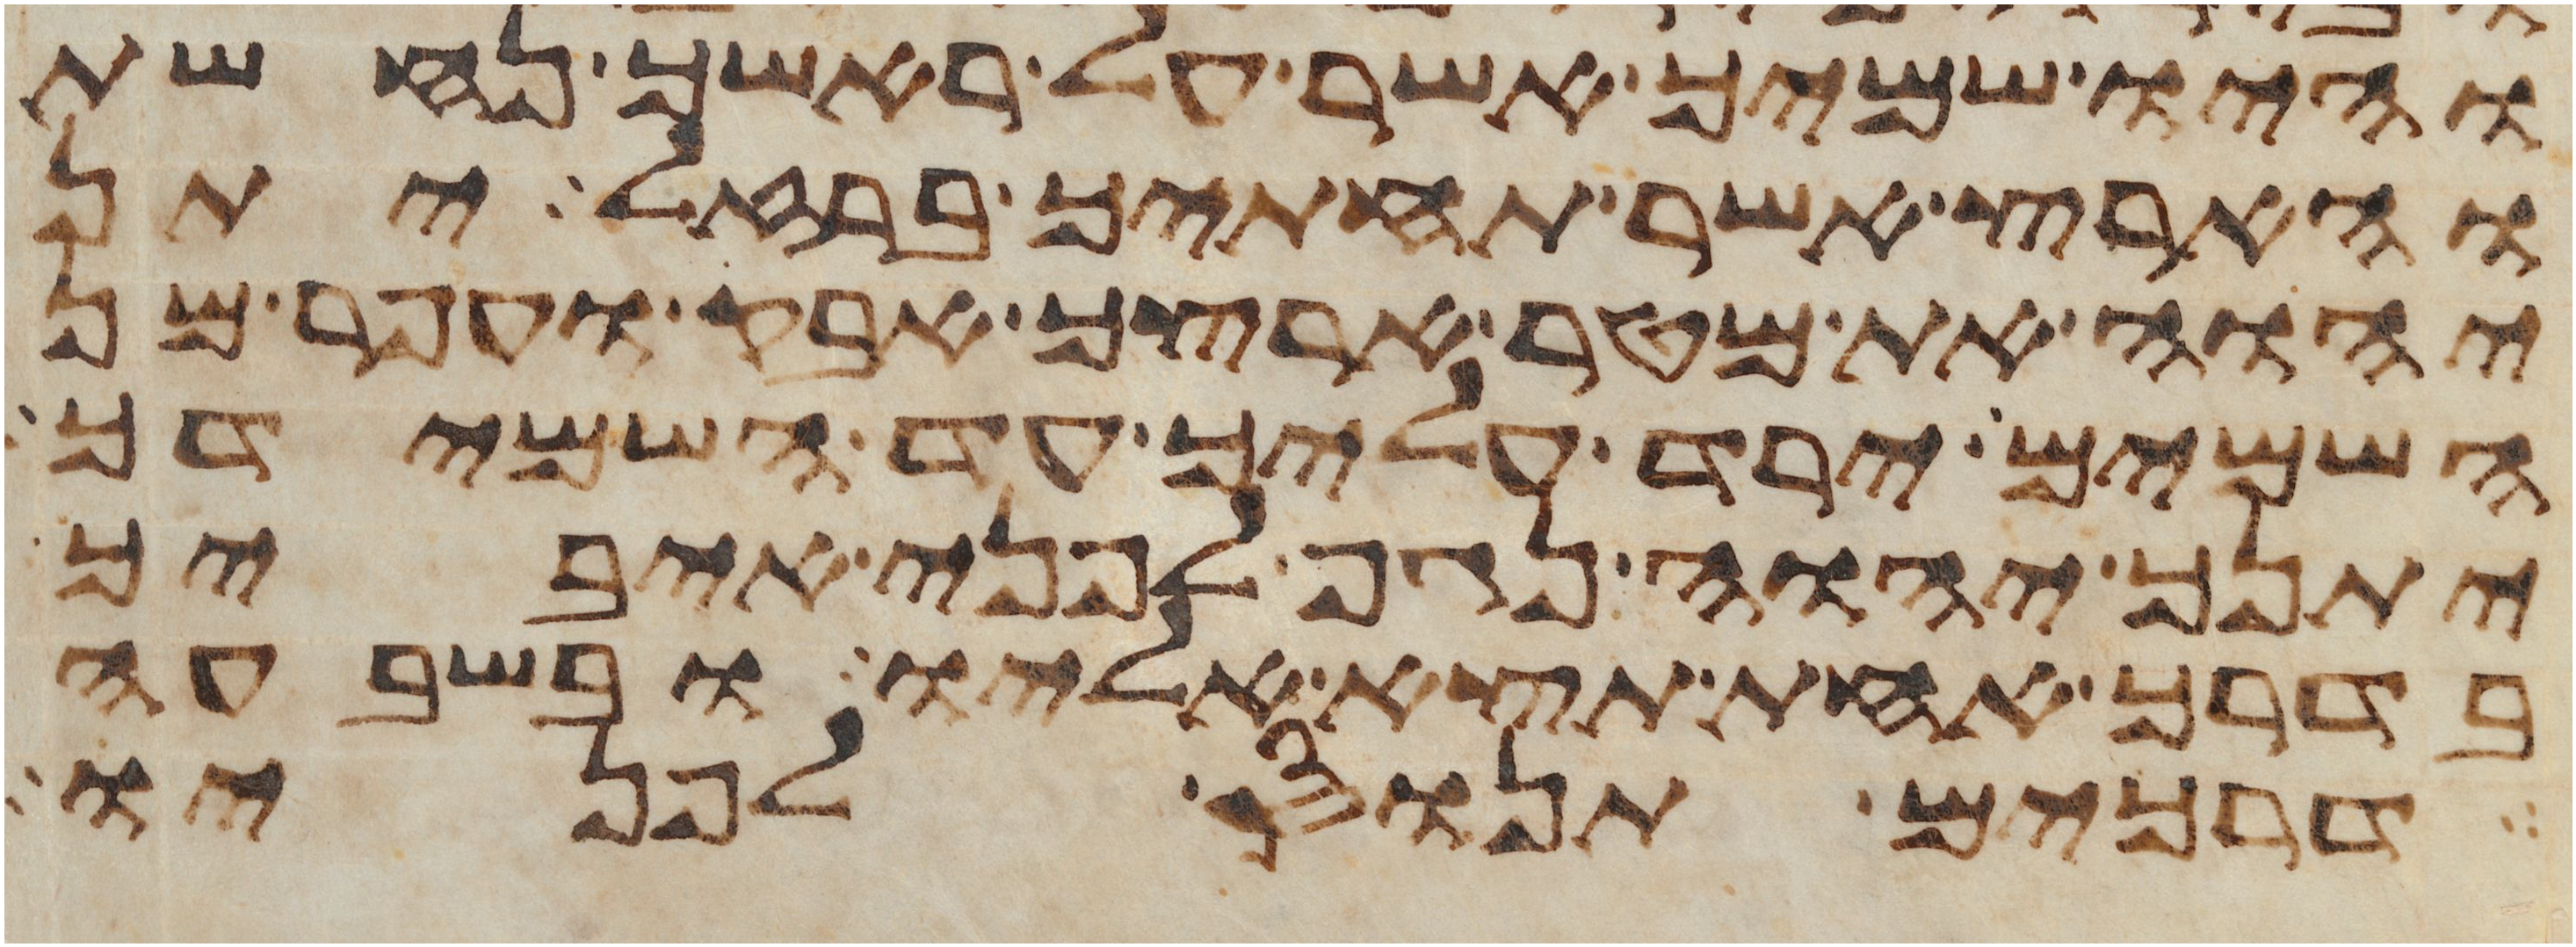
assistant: והיו שמיך אשר על ראשך נחשת
והארץ אשר תחתיך ברזל יתן
יהוה את מטר ארצך אבק ועפר מן
השמים ירד עליך עד השמידך
יתנך יהוה נגף לפני איביך
בדרך אחת תצא אליו ובשבעה
דרכים תנוס לפניו